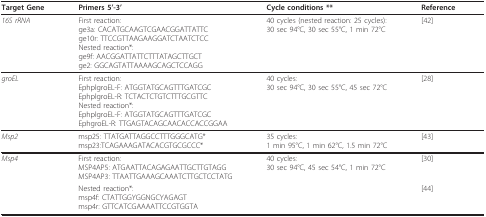
<table><thead><tr><td><b>Target Gene</b></td><td><b>Primers 5&#x27;-3&#x27;</b></td><td><b>Cycle conditions **</b></td><td><b>Reference</b></td></tr></thead><tbody><tr><td><i>16S rRNA</i></td><td>First reaction:ge3a: CACATGCAAGTCGAACGGATTATTCge10r: TTCCGTTAAGAAGGATCTAATCTCCNested reaction*:ge9f: AACGGATTATTCTTTATAGCTTGCTge2: GGCAGTATTAAAAGCAGCTCCAGG</td><td>40 cycles (nested reaction: 25 cycles):30 sec 94°C, 30 sec 55°C, 1 min 72°C</td><td>[42]</td></tr><tr><td><i>groEL</i></td><td>First reaction:EphplgroEL-F: ATGGTATGCAGTTTGATCGCEphplgroEL-R: TCTACTCTGTCTTTGCGTTCNested reaction*:EphplgroEL-F: ATGGTATGCAGTTTGATCGCEphgroEL-R: TTGAGTACAGCAACACCACCGGAA</td><td>40 cycles:30 sec 94°C, 30 sec 55°C, 45 sec 72°C</td><td>[28]</td></tr><tr><td><i>Msp2</i></td><td>msp25: TTATGATTAGGCCTTTGGGCATG*msp23:TCAGAAAGATACACGTGCGCCC*</td><td>35 cycles:1 min 95°C, 1 min 62°C, 1.5 min 72°C</td><td>[43]</td></tr><tr><td><i>Msp4</i></td><td>First reaction:MSP4AP5: ATGAATTACAGAGAATTGCTTGTAGGMSP4AP3: TTAATTGAAAGCAAATCTTGCTCCTATG</td><td>40 cycles:30 sec 94°C, 45 sec 54°C, 1 min 72°C</td><td>[30]</td></tr><tr><td></td><td>Nested reaction*:msp4f: CTATTGGYGGNGCYAGAGTmsp4r: GTTCATCGAAAATTCCGTGGTA</td><td></td><td>[44]</td></tr></tbody></table>